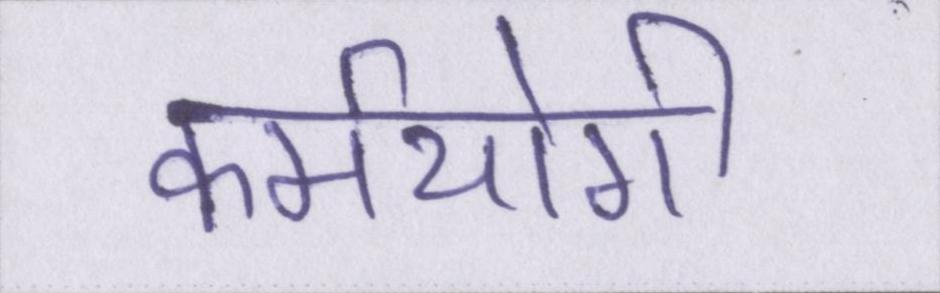
कर्मयोगी